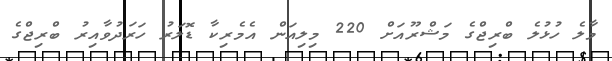
މާލެ ހުޅުލެ ބްރިޖްގެ މަޝްރޫއަށް 220 މިލިއަން އެމެރިކާ ޑޮލަރު ހަރަދުވާއިރު ބްރިޖްގެ